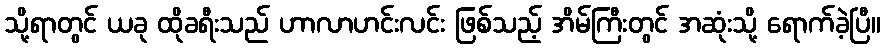
သို့ရာတွင် ယခု ထိုခရီးသည် ဟာလာဟင်းလင်း ဖြစ်သည့် အိမ်ကြီးတွင် အဆုံးသို့ ရောက်ခဲ့ပြီ။